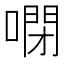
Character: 𠻻